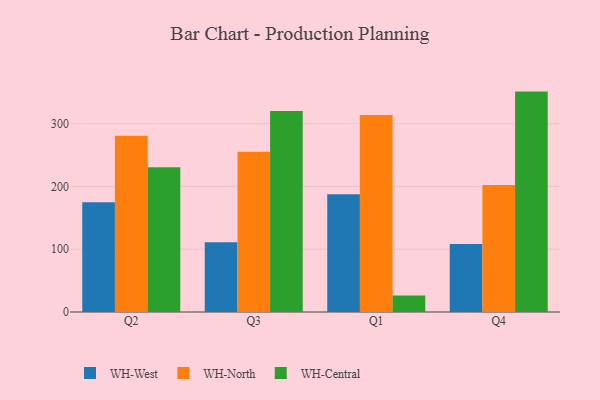
{"axis": {"x": "Quarter", "y": "Churn Rate (%)"}, "legend": ["WH-Central", "WH-North", "WH-West"], "data": [{"x": "Q2", "y": 174.8, "type": "WH-West"}, {"x": "Q2", "y": 280.6, "type": "WH-North"}, {"x": "Q2", "y": 230.7, "type": "WH-Central"}, {"x": "Q3", "y": 111.0, "type": "WH-West"}, {"x": "Q3", "y": 255.2, "type": "WH-North"}, {"x": "Q3", "y": 320.0, "type": "WH-Central"}, {"x": "Q1", "y": 187.6, "type": "WH-West"}, {"x": "Q1", "y": 313.9, "type": "WH-North"}, {"x": "Q1", "y": 26.4, "type": "WH-Central"}, {"x": "Q4", "y": 108.5, "type": "WH-West"}, {"x": "Q4", "y": 202.2, "type": "WH-North"}, {"x": "Q4", "y": 351.1, "type": "WH-Central"}]}